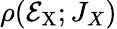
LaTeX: \rho(\mathcal{E}_{\mathrm{X}};J_{X})